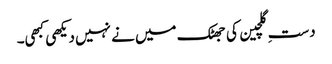
دستِ گلچین کی جھٹک میں نے نہیں دیکھی کبھی۔